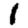
Digit: 1